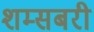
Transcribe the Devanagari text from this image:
शम्सबरी